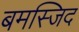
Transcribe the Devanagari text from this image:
बमस्जिद